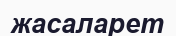
жасаларет